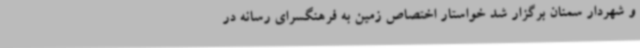
و شهردار سمنان برگزار شد خواستار اختصاص زمین به فرهنگسرای رسانه در